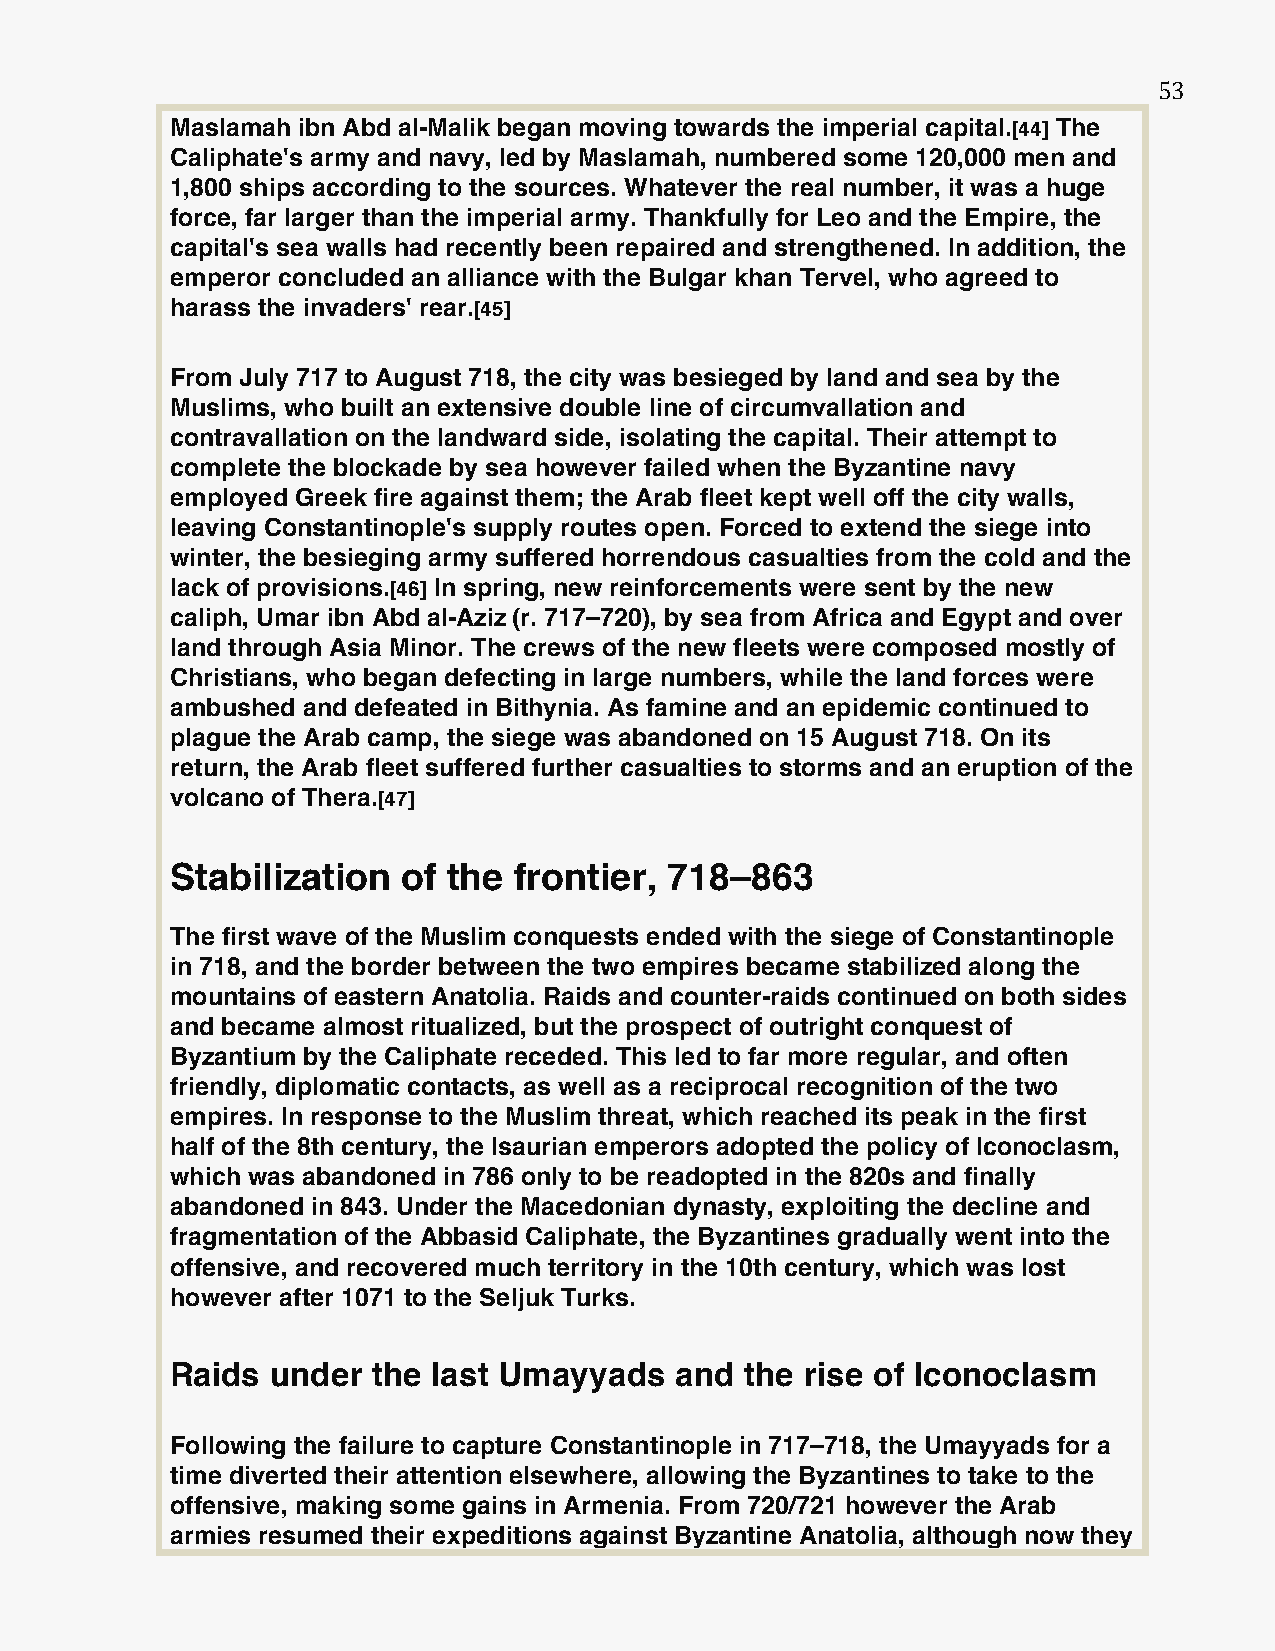
53
 Maslamah ibn Abd al-Malik began moving towards the imperial capital.[44] The
 Caliphate's army and navy, led by Maslamah, numbered some 120,000 men and
 1,800 ships according to the sources. Whatever the real number, it was a huge
 force, far larger than the imperial army. Thankfully for Leo and the Empire, the
 capital's sea walls had recently been repaired and strengthened. In addition, the
 emperor concluded an alliance with the Bulgar khan Tervel, who agreed to
 harass the invaders' rear.[45]
 From July 717 to August 718, the city was besieged by land and sea by the
 Muslims, who built an extensive double line of circumvallation and
 contravallation on the landward side, isolating the capital. Their attempt to
 complete the blockade by sea however failed when the Byzantine navy
 employed Greek fire against them; the Arab fleet kept well off the city walls,
 leaving Constantinople's supply routes open. Forced to extend the siege into
 winter, the besieging army suffered horrendous casualties from the cold and the
 lack of provisions.[46] In spring, new reinforcements were sent by the new
 caliph, Umar ibn Abd al-Aziz (r. 717–720), by sea from Africa and Egypt and over
 land through Asia Minor. The crews of the new fleets were composed mostly of
 Christians, who began defecting in large numbers, while the land forces were
 ambushed and defeated in Bithynia. As famine and an epidemic continued to
 plague the Arab camp, the siege was abandoned on 15 August 718. On its
 return, the Arab fleet suffered further casualties to storms and an eruption of the
 volcano of Thera.[47]
 Stabilization   of the frontier, 718–863
 The first wave of the Muslim conquests ended with the siege of Constantinople
 in 718, and the border between the two empires became stabilized along the
 mountains of eastern Anatolia. Raids and counter-raids continued on both sides
 and became almost ritualized, but the prospect of outright conquest of
 Byzantium by the Caliphate receded. This led to far more regular, and often
 friendly, diplomatic contacts, as well as a reciprocal recognition of the two
 empires. In response to the Muslim threat, which reached its peak in the first
 half of the 8th century, the Isaurian emperors adopted the policy of Iconoclasm,
 which was abandoned in 786 only to be readopted in the 820s and finally
 abandoned in 843. Under the Macedonian dynasty, exploiting the decline and
 fragmentation of the Abbasid Caliphate, the Byzantines gradually went into the
 offensive, and recovered much territory in the 10th century, which was lost
 however after 1071 to the Seljuk Turks.
 Raids  under  the last Umayyads   and the rise of Iconoclasm
 Following the failure to capture Constantinople in 717–718, the Umayyads for a
 time diverted their attention elsewhere, allowing the Byzantines to take to the
 offensive, making some gains in Armenia. From 720/721 however the Arab
 armies resumed their expeditions against Byzantine Anatolia, although now they